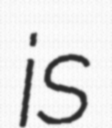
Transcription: is